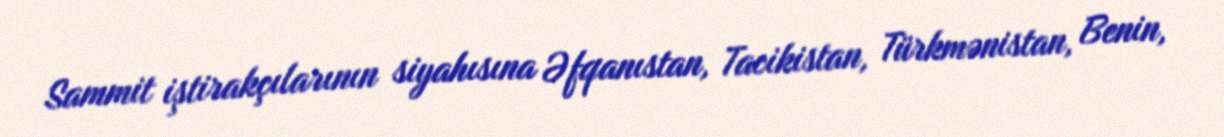
Sammit iştirakçılarının siyahısına Əfqanıstan, Tacikistan, Türkmənistan, Benin,